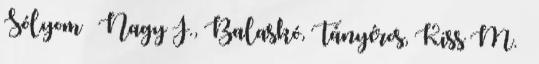
Sólyom – Nagy J., Balaskó, Tányéros, Kiss M. –